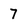
Character: 7